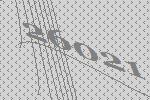
26021